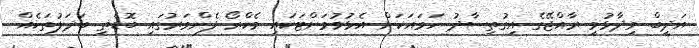
އަދީބް ވިދާޅުވީ ރާއްޖޭގެ އިގުތިސާދު ހަމައަކަށް އެޅުވުމަށްޓަކައި މެކްރޯ ފެންވަރުގައި ބޮޑެތި ބަދަލުތަކެއް